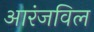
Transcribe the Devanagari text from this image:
आरंजविल